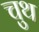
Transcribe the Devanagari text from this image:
चुथ